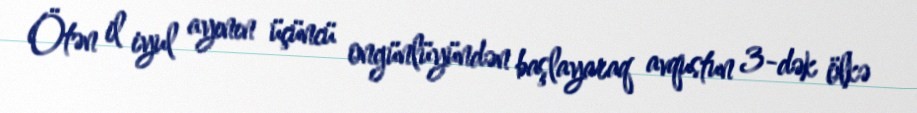
Ötən il iyul ayının üçüncü ongünlüyündən başlayaraq avqustun 3-dək ölkə